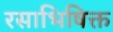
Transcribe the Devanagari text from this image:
रसाभिषिक्त